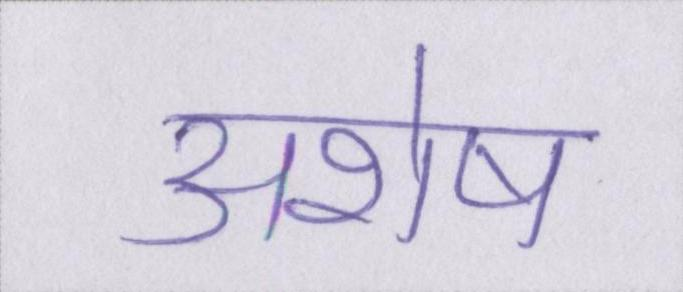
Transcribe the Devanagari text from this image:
अशेष